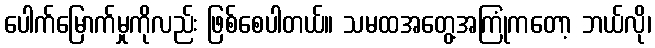
ပေါက်မြောက်မှုကိုလည်း ဖြစ်စေပါတယ်။ သမထအတွေ့အကြုံကတော့ ဘယ်လို၊